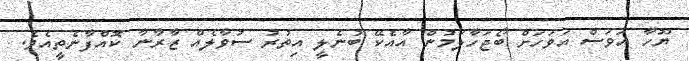
ޔޫހާ އަވަސް އަވަހަށް ބޯޖަހާލަމުން އާއެކޭ ބުނެލީ އިތުރު ސުވާލެއް ޒާރާނާ ކޮއްފާނެތީއެވެ.